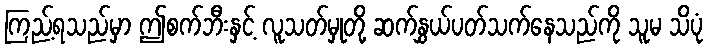
ကြည့်ရသည်မှာ ဤစက်ဘီးနှင့် လူသတ်မှုတို့ ဆက်နွှယ်ပတ်သက်နေသည်ကို သူမ သိပုံ